Eesti_Vabariigi_Tartu_Ulikool, lk 125
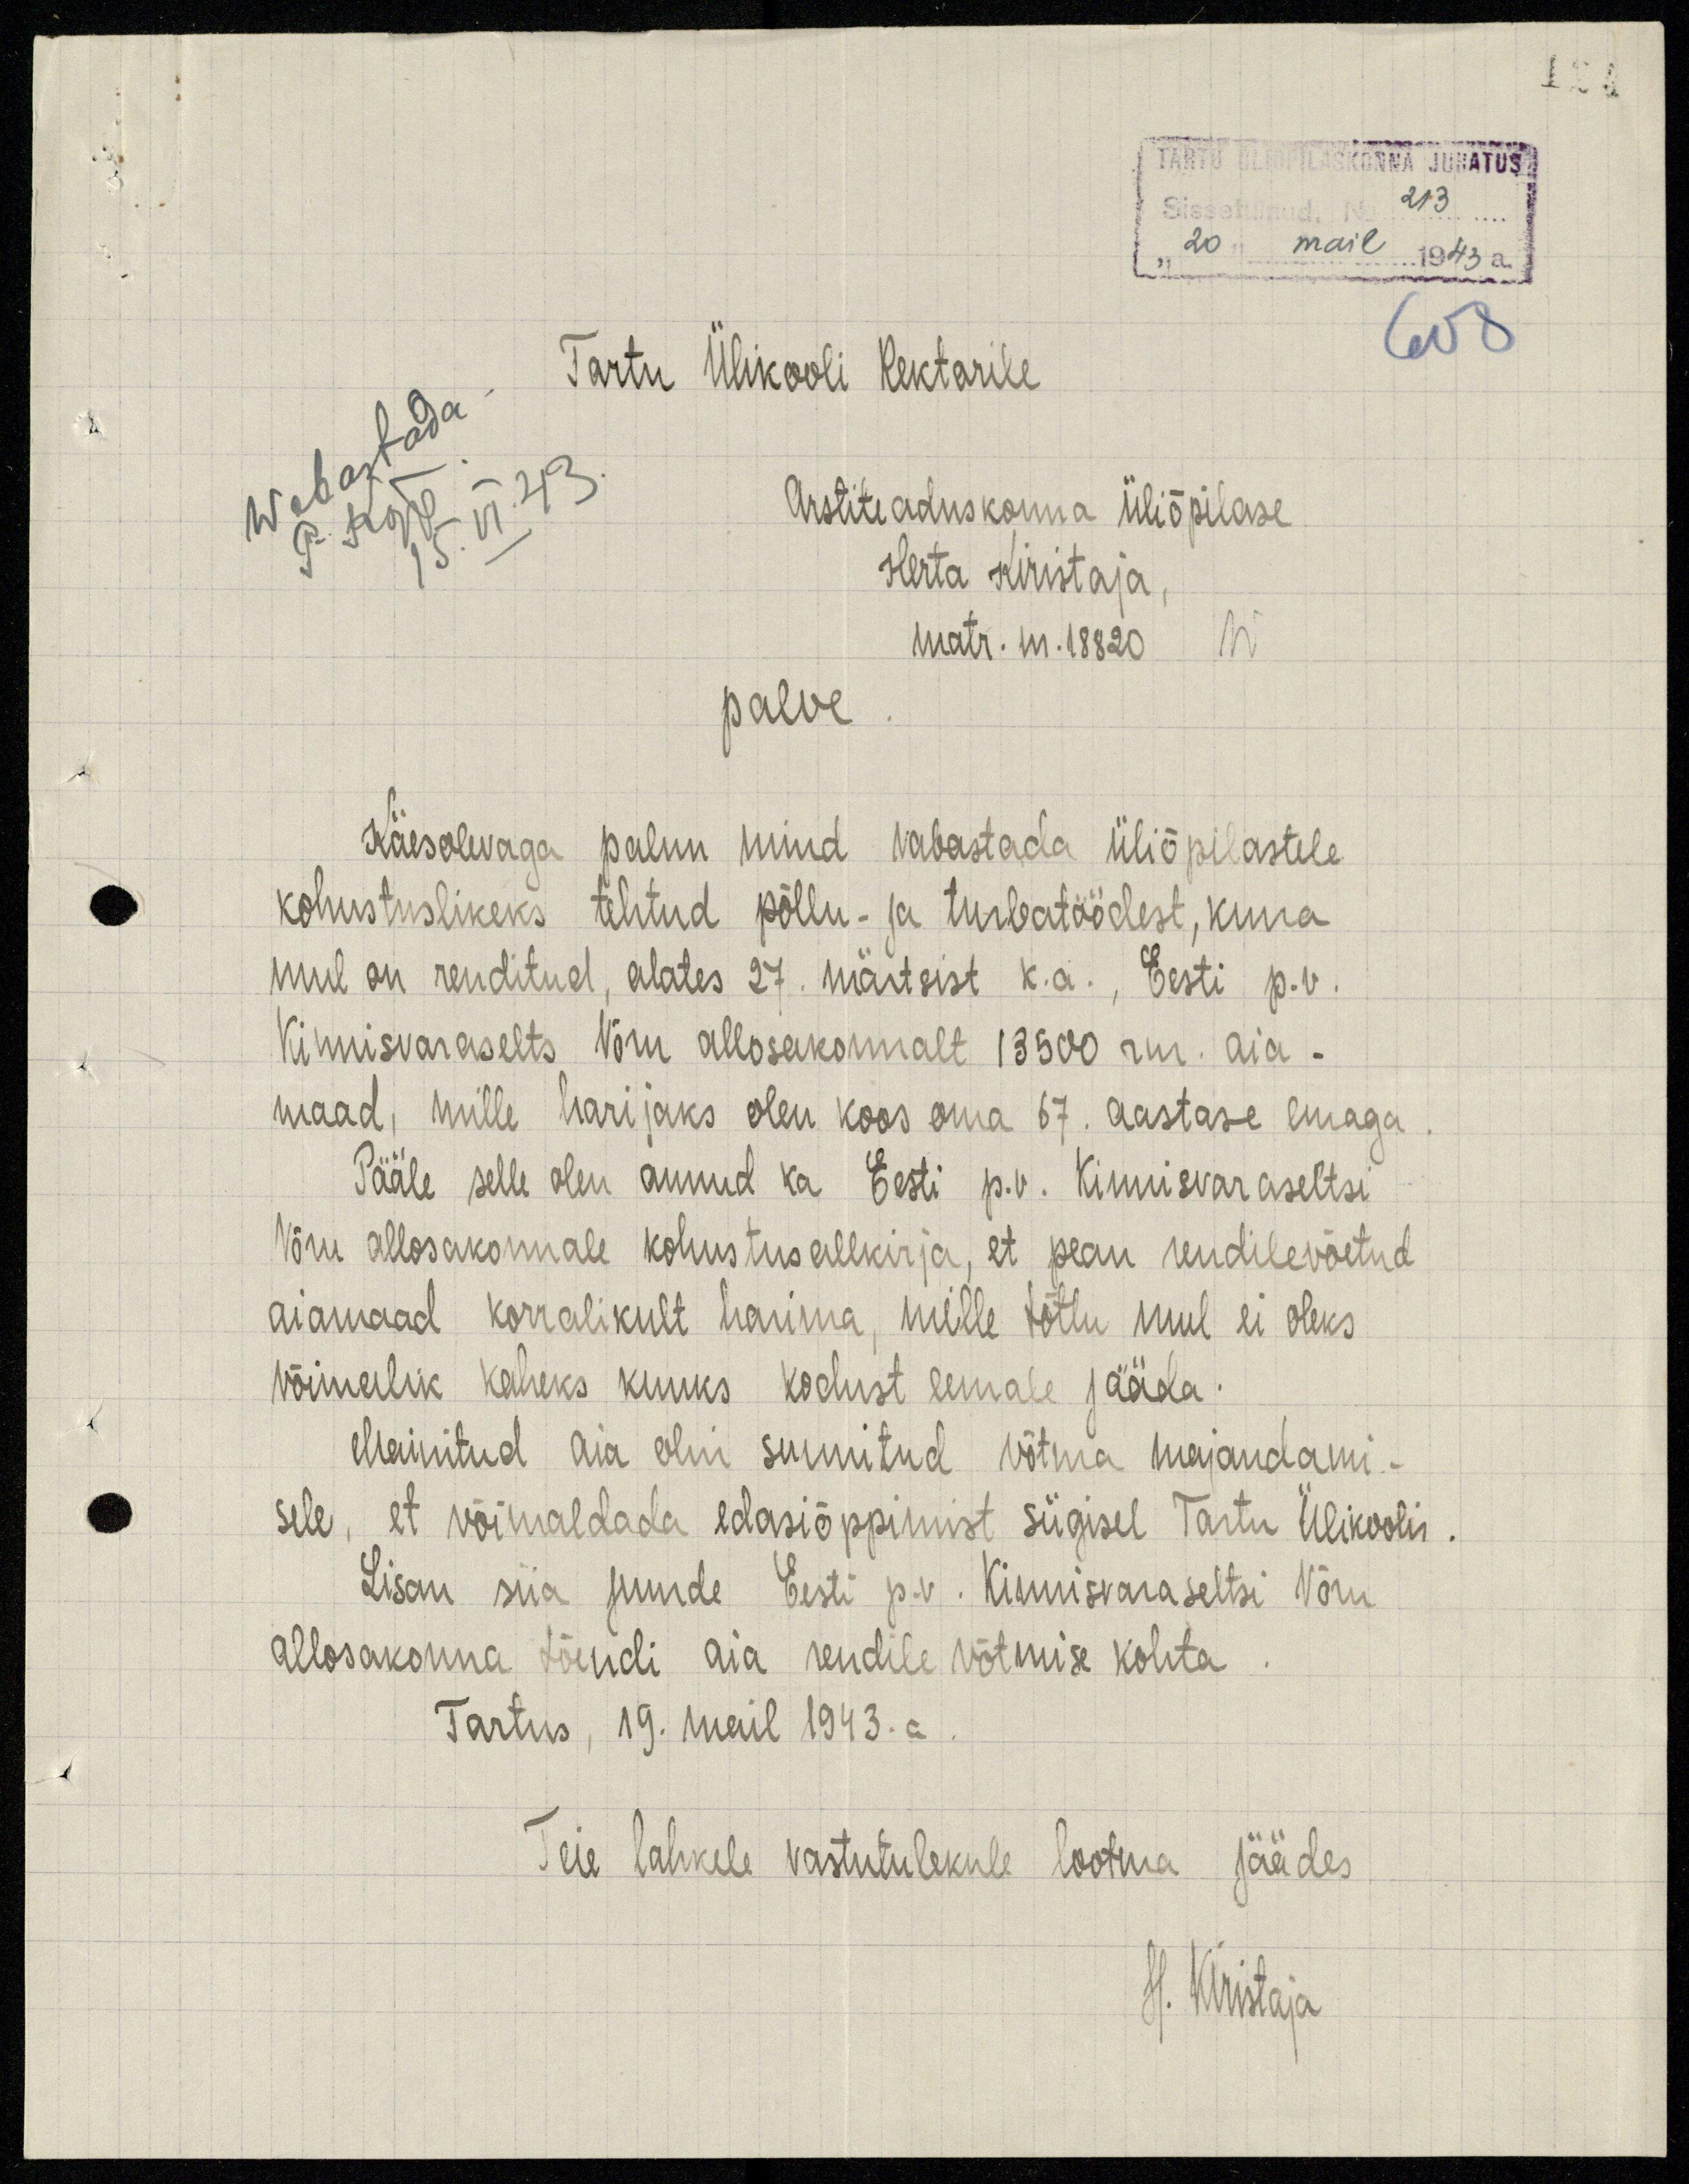
TARTU ÜLIÕPILASKONNA JUHATUS
Sissetulnud. No 213
"20 mail" 1943 a.
608
Wabastada.
15. VI. 43.
Tartu Ülikooli Rektorile
Arstiteaduskonna üliõpilase
P. Kõpp.
Herta Kiristaja,
matr. nr. 18820 W
palve
Käesolevaga palun mind vabastada üliõpilastele
kohustuslikeks tehtud põllu- ja turbatöödest, kuna
mul on renditud, alates 27. märtsist k.a., Eesti p.v.
Kinnisvaraselts Võru allosakonnalt 13500 rm. aia-
maad, mille harijaks olen koos oma 67. aastase emaga.
Pääle selle olen annud ka Eesti p.v. Kinnisvaraseltsi
Võru allosakonnale kohustusallkirja, et pean rendilevõetud
aiamaad korralikult harima, mille tõttu mul ei oleks
võimalik kaheks kuuks kodust eemale jääda.
Mainitud aia olin sunnitud võtma majandami-
sele, et võimaldada edasiõppimist sügisel Tartu Ülikoolis.
Lisan siia juurde Eesti p.v. Kinnisvaraseltsi Võru
allosakonna tõendi aia rendile võtmise kohta.
Tartus, 19. mail 1943. a.
Teie lahkele vastutulekule lootma jäädes
H. Kiristaja